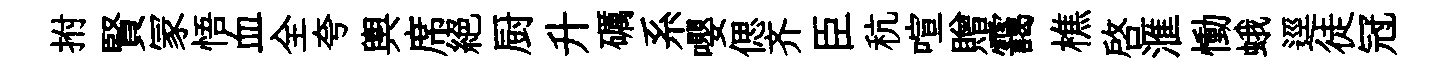
拊賢冡悟血全夸輿席絶厨升礪系嚶偲齐臣秔喧贈靄樵啓滙慟蛾逕徒冠